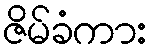
ဇိမ်ခံကား